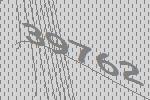
39762